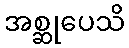
အစ္ဆုပေသိ